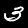
Label: 3